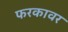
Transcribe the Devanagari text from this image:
फरकावर